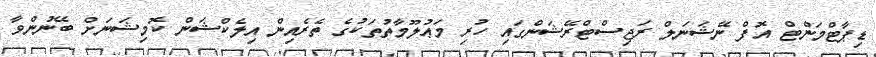
ޑިޕާޓްމަންޓް އޮފް ނޭޝަނަލް ރަޖިސްޓްރޭޝަންގައި ހުރި މަޢުލޫމާތުތަކުގެ ތެރެއިން އިލެކްޝަން ކޮމިޝަނަށް ބޭނުންވާ